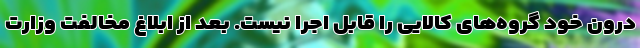
درون خود گروه‌های کالایی را قابل اجرا نیست. بعد از ابلاغ مخالفت وزارت